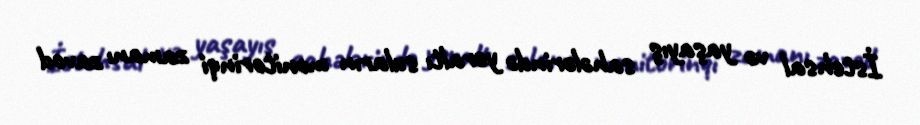
İstehsal və yaşayış sahələrində yeraltı suların monitorinqi zamanı zavod